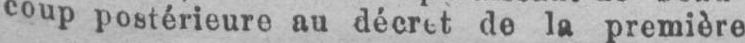
coup postérieure au décret de la première